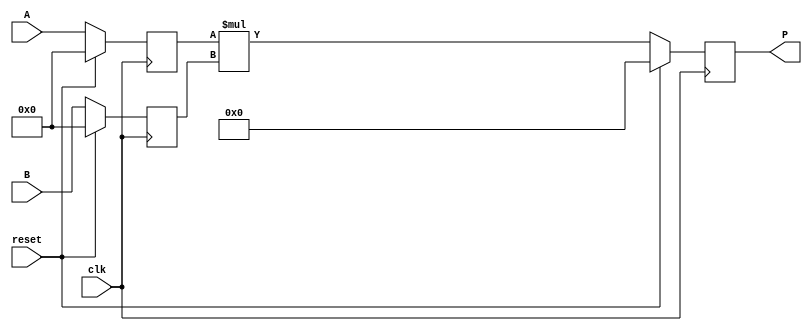
module dsp_mul_unsigned_parameterized #(parameter A_WIDTH = 64, B_WIDTH = 64) (clk, reset, A, B, P);
	input clk, reset;
	input [A_WIDTH-1:0] A;
	input [B_WIDTH-1:0] B;
	output reg [A_WIDTH + B_WIDTH-1 :0] P;
	reg [A_WIDTH-1:0] i1;
	reg [B_WIDTH-1:0] i2;
	reg [A_WIDTH + B_WIDTH-1:0] mul;
	always @(posedge clk) begin
		if(reset == 1) begin
			i1 <= 0;
			i2 <= 0;
		end
		else begin
			i1 <= A;
			i2 <= B;
		end
	end
	always @(posedge clk) begin
		if (reset ==1 )
			P <= 0;
		else
			P <= mul;
	end

	always @ (*)  begin
		mul  = i1 * i2;
	end
endmodule